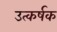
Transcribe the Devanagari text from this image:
उत्कर्षक